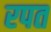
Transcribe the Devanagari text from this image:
रपत